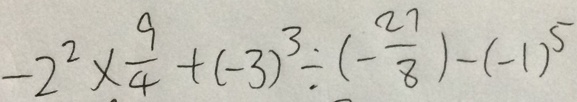
- 2 ^ { 2 } \times \frac { 9 } { 4 } + ( - 3 ) ^ { 3 } \div ( - \frac { 2 7 } { 8 } ) - ( - 1 ) ^ { 5 }